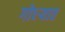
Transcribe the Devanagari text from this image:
गोध्ऱ्यात